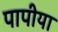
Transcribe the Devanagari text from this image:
पापीया